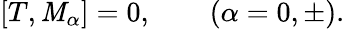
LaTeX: [T,\mathit{M}_{\alpha}]=0,\qquad(\alpha=0,\pm).